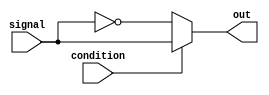
module if_else_statement (
    input wire condition,
    input wire signal,
    output reg out
);

always @* begin
    if (~condition) begin
        // block of code to execute when condition is false
        out = ~signal;
    end else begin
        // block of code to execute when condition is true
        out = signal;
    end
end

endmodule